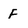
Character: f